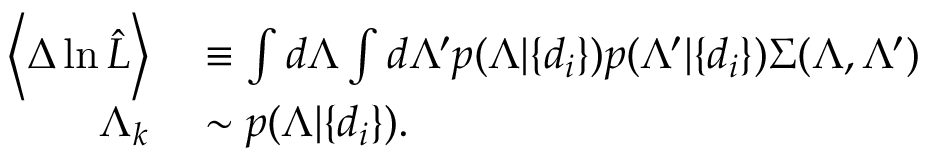
\begin{array} { r l } { \left\langle \Delta \ln \hat { \cal L } \right\rangle } & { { } \equiv \int d \Lambda \int d \Lambda ^ { \prime } p ( \Lambda | \{ d _ { i } \} ) p ( \Lambda ^ { \prime } | \{ d _ { i } \} ) \Sigma ( \Lambda , \Lambda ^ { \prime } ) } \\ { \Lambda _ { k } } & { { } \sim p ( \Lambda | \{ d _ { i } \} ) . } \end{array}